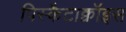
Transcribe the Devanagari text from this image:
पिस्कैटाक्वॉइस